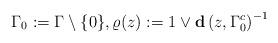
LaTeX: \begin{align*} \Gamma_0:=\Gamma\setminus \{0\}, \varrho(z):= 1\vee \mathbf{d}\left(z,\Gamma_0^c\right)^{-1}\end{align*}